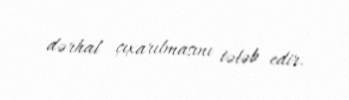
dərhal çıxarılmasını tələb edir.